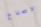
لاصلاح